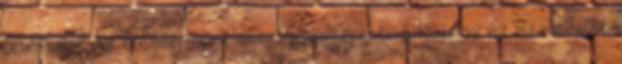
felépítése Az eredmények blokk: válaszkeresés arra, hogy az alkalmazott